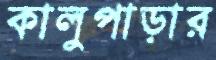
কালুপাড়ার